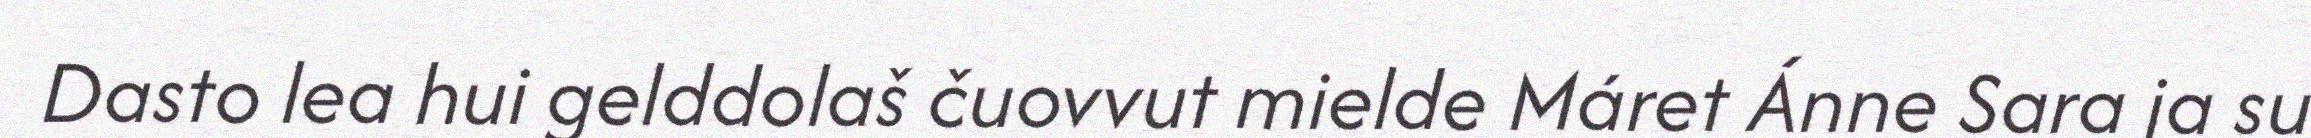
Dasto lea hui gelddolaš čuovvut mielde Máret Ánne Sara ja su